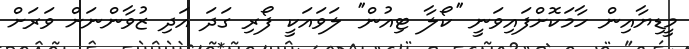
މީޑިޔާއިން ހާމަކޮށްފައިވަނީ ''ކޯލާ ޓިއުން'' ލަވައަކީ ފޯރި ގަދަ އަދި ޒުވާންނަށް ވަރަށް